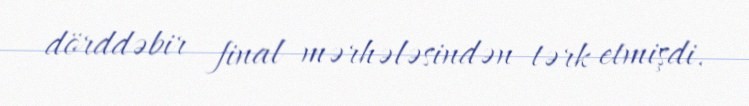
dörddəbir final mərhələsindən tərk etmişdi.